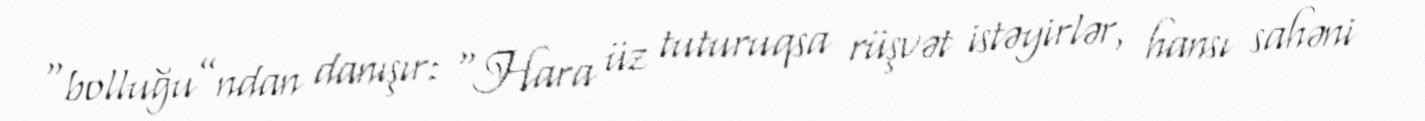
“bolluğu”ndan danışır: “Hara üz tuturuqsa rüşvət istəyirlər, hansı sahəni